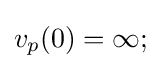
v_{p}(0)=\infty ;